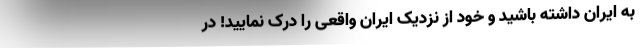
به ایران داشته باشید و خود از نزدیک ایران واقعی را درک نمایید! در